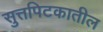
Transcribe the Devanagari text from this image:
सुत्तपिटकातील